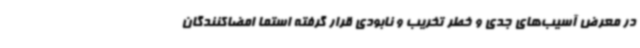
در معرض آسیب‌های جدی و خطر تخریب و نابودی قرار گرفته استما امضاکنندگان